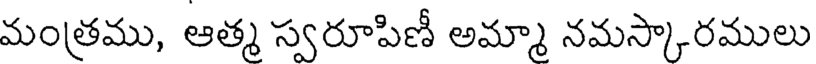
మంత్రము, ఆత్మ స్వరూపిణీ అమ్మా నమస్కారములు